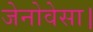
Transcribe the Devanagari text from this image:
जेनोवेसा।